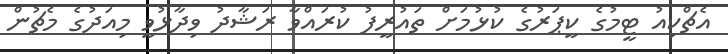
އެޗްކިއު ޓީމުގެ ކީޕަރުގެ ކުޅުމަށް ތައުރީފު ކުރައްވާ ރަޝާދު ވިދާޅުވީ މިއަދުގެ މެޗުން